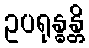
ဥပရုန္ဓန္တိ